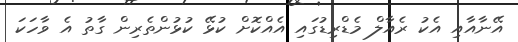
އޭނާއާއި އެކު ރެއާލް މެޑްރިޑުގައި އެއްކޮށް ކުޅޭ ކުޅުންތެރިން ގާތު އެ ވާހަކަ